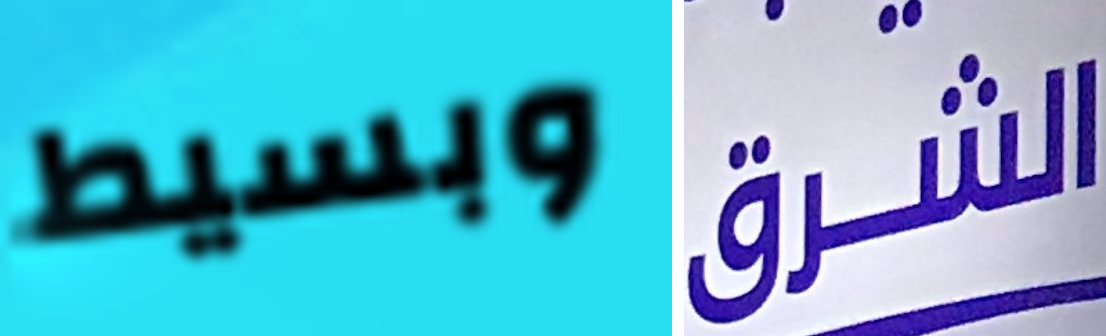
وبسيط الشرق